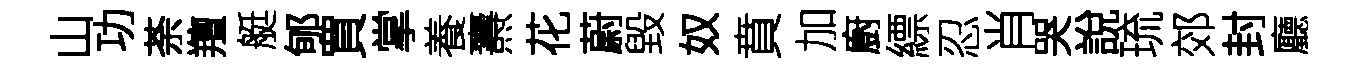
山功荼羶艇郇買掌養燾花蔚毀奴賁加廚縹忍肖哭說琉郊封廳